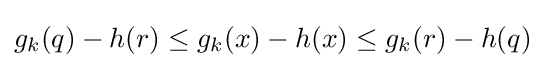
g_{k}(q)-h(r)\leq g_{k}(x)-h(x)\leq g_{k}(r)-h(q)